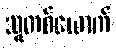
သူတစ်ယောက်